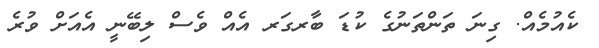
ކެއުމެއް. ގިނަ ތަންތަނުގެ ކުޑަ ބާރގަރ އެއް ވެސް ލިބޭނީ އެއަށް ވުރެ